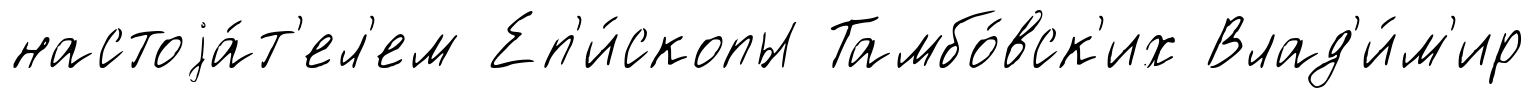
настоjа́т'ел'ем Еп'и́скопы Тамбо́вск'их Влад'и́м'ир